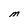
Character: M